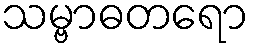
သမ္ဗာဓတရော